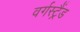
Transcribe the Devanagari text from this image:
वर्गस्ट्रैंड